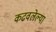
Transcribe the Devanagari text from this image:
कढवलेल्या